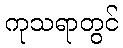
ကုသရာတွင်